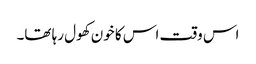
اس وقت اس کا خون کھول رہا تھا۔